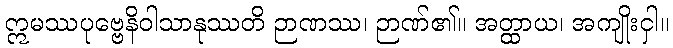
ဣမဿပုဗ္ဗေနိဝါသာနုဿတိ ဉာဏဿ၊ ဉာဏ်၏။ အတ္ထာယ၊ အကျိုးငှါ။